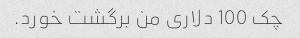
چک 100 دلاری من برگشت خورد.